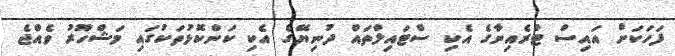
ފަހަކަށް އައިސް ޓްރެއިނާގެ އެކި ސްޓައިލްތައް ދުނިޔޭގެ އެކި ކަންކޮޅުތަކުގައި މަޝްހޫރު ވެއްޖެ